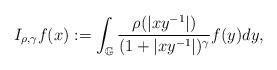
LaTeX: \begin{align*}I_{\rho, \gamma}f(x):=\int_{\mathbb{G}}\frac{\rho(|xy^{-1}|)}{(1+|xy^{-1}|)^{\gamma}}f(y)dy,\end{align*}